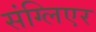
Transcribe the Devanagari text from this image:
संग्लिएर